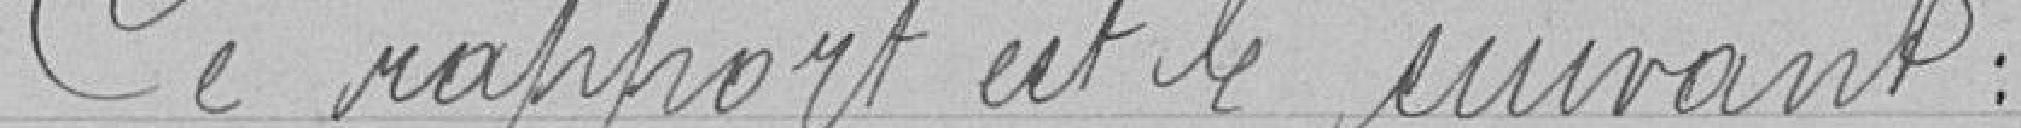
Ce rapport est le suivant :